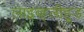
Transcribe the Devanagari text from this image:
लाइव्ह्‌लीहूड